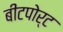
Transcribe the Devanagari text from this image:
बीटपोर्ट